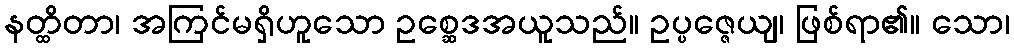
နတ္ထိတာ၊ အကြင်မရှိဟူသော ဥစ္ဆေဒအယူသည်။ ဥပ္ပဇ္ဇေယျ၊ ဖြစ်ရာ၏။ သော၊